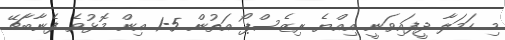
މި ހަމަލާ ދީފައިވަނީ އިއްޔެ ރިޒެސްޕޯ އަތުން 5-1 އިން މޮޅުވެ ފެނާބާޗޭ